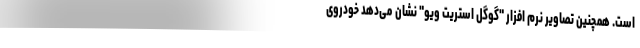
است. همچنین تصاویر نرم افزار "گوگل استریت ویو" نشان می‌دهد خودروی